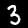
Digit: 3